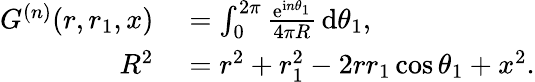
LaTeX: \begin{array}{rl}{G^{(n)}(r,r_{1},x)}&{{}=\int_{0}^{2\pi}\frac{\mathrm{e}^{\mathrm{i}n\theta_{1}}}{4\pi R}\, \mathrm{d}\theta_{1},}\\ {R^{2}}&{{}=r^{2}+r_{1}^{2}-2rr_{1}\cos\theta_{1}+x^{2}.}\end{array}